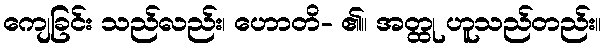
ကျေခြင်း သည်လည်း၊ ဟောတိ- ၏။ အတ္ထု ဟူသည်တည်း။